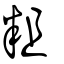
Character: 粗